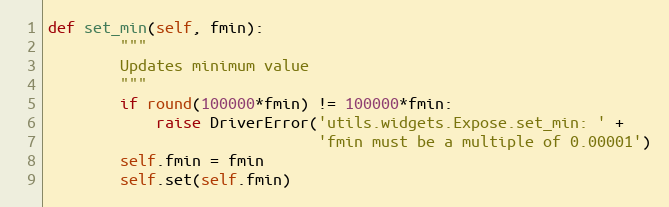
Language: Python
def set_min(self, fmin):
        """
        Updates minimum value
        """
        if round(100000*fmin) != 100000*fmin:
            raise DriverError('utils.widgets.Expose.set_min: ' +
                              'fmin must be a multiple of 0.00001')
        self.fmin = fmin
        self.set(self.fmin)